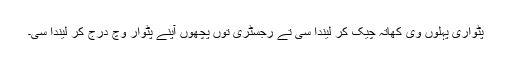
پٹواری پہلوں وی کھاتہ چیک کر لیندا سی تے رجسٹری توں پچھوں آپنے پٹوار وچ درج کر لیندا سی۔